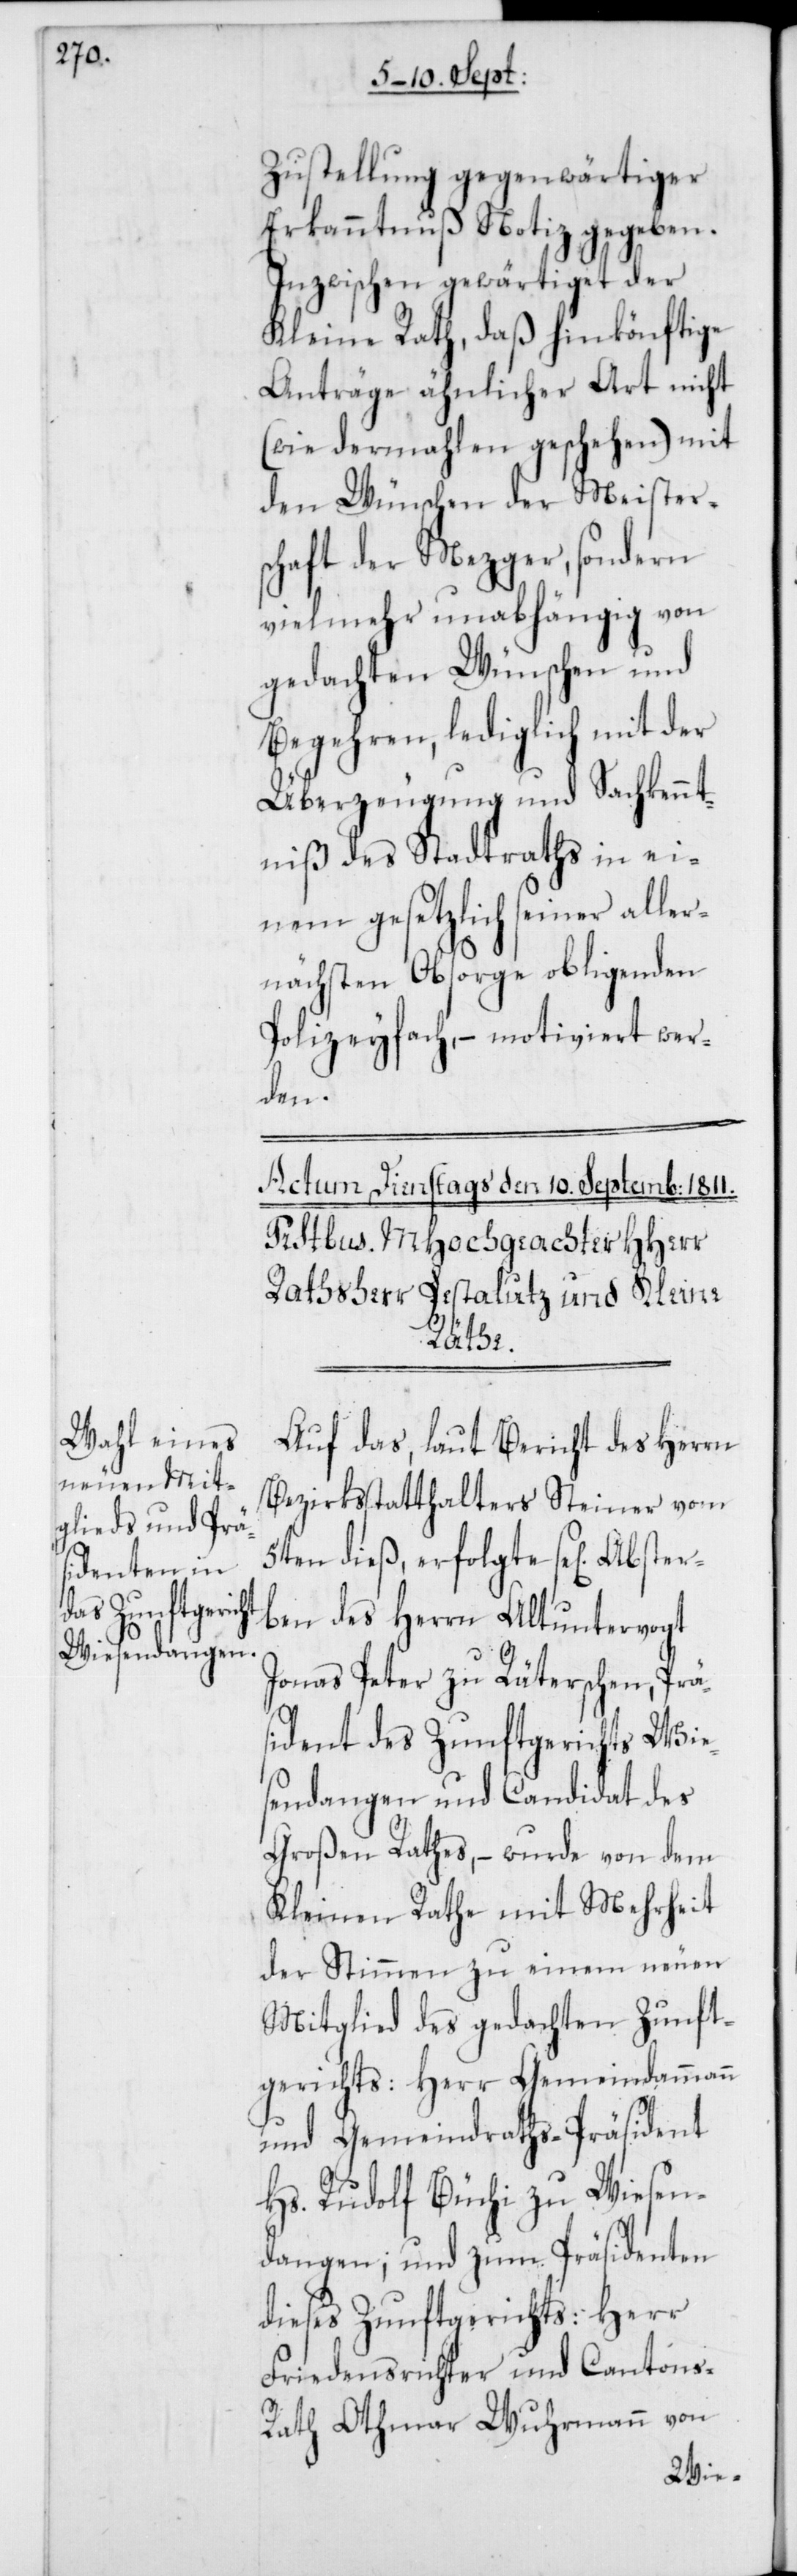
Zustellung gegenwärtiger
Erkanntnuß Notiz gegeben.
Inzwischen gewärtiget der
Kleine Rath, daß hinkönftige
Anträge ähnlicher Art nicht
(wie dermahlen geschehen) mit
den Wünschen der Meister¬
schaft der Mezger, sondern
vielmehr unabhängig von
gedachten Wünschen und
Begehren, lediglich mit der
Überzeugung und Sachkennt¬
niß des Stadtraths in ei¬
nem gesetzlich seiner alle¬
rnächsten Obsorge obligenden
Polizeyfach, – motiviert wer¬
den.
Abster¬
Auf das, laut Bericht des Herrn
Bezirksstatthalters Steiner vom
5ten dieß, erfolgte se[lig]
ben des Herrn Altuntervogt
Jonas Peter zu Räterschen, Präs¬
ident des Zunftgerichts Wie¬
sendangen und Candidat des
Großen Rathes, – wurde von dem
Kleinen Rathe mit Mehrheit
der Stimmen zu einem neuen
Mitglied des gedachten Zunft¬
gerichts: Herr Gemeindammann
und Gemeindraths-Präsident
Hs. Rudolf Büchi zu Wiesen¬
dangen; und zum Präsidenten
dieses Zunftgerichts: Herr
Friedensrichter und Cantons-R¬
ath Othmar Wuhrmann von